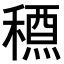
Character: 𥡱